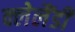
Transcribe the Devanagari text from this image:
क्लेलैंडी